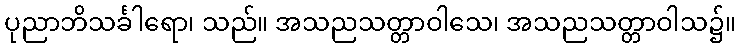
ပုညာဘိသင်္ခါရော၊ သည်။ အသညသတ္တာဝါသေ၊ အသညသတ္တာဝါသ၌။